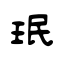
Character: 珉